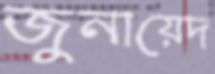
জুনায়েদ